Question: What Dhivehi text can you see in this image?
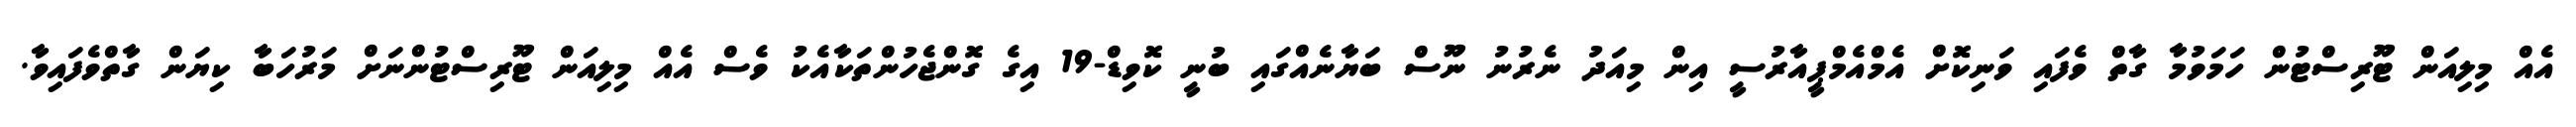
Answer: އެއް މިލިއަން ޓޫރިސްޓުން ހަމަވުމާ ގާތް ވެފައި ވަނިކޮށް އެމްއެމްޕީއާރުސީ އިން މިއަދު ނެރުނު ނޫސް ބަޔާނެއްގައި ބުނީ ކޮވިޑް-19 އިގެ ގޮންޖެހުންތަކާއެކު ވެސް އެއް މިލިއަން ޓޫރިސްޓުންނަށް މަރުހަބާ ކިޔަން ގާތްވެފައިވާ.